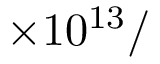
\times 1 0 ^ { 1 3 } /